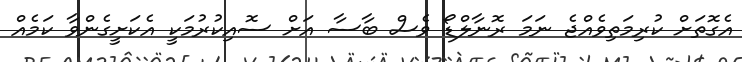
އެގޮތަށް ކުރިމަތިވެއްޖެ ނަމަ ރޮނާލްޑޯ ވެސް ބާސާ އަށް ސޮއިކުރުމަކީ އެކަށީގެންވާ ކަމެއް